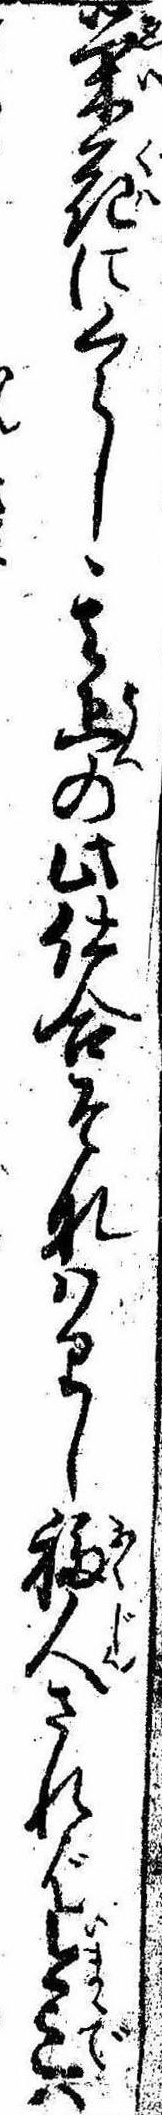
栄花にくらし其上の此仕合そなはりし福人されば今迄は